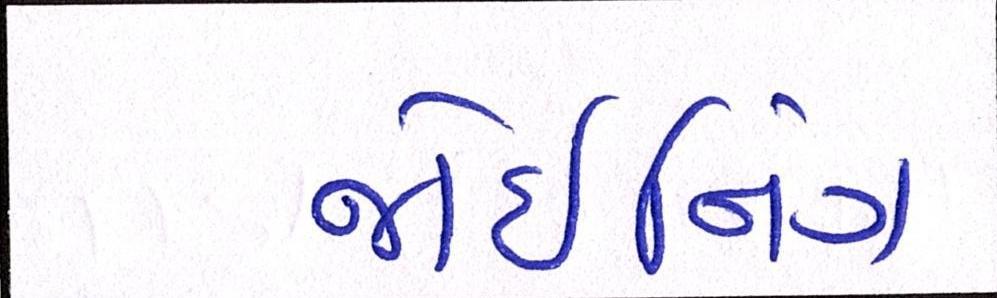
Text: જોઇનિંગ